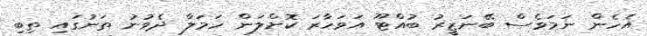
އެހެން ނަމަވެސް ބޭނަޒީރު ބުއްޓޫ އަވަހާރަ ކޮށްލަން ހަމަލާ ދެވުނު ތަނުގައި ތިބި